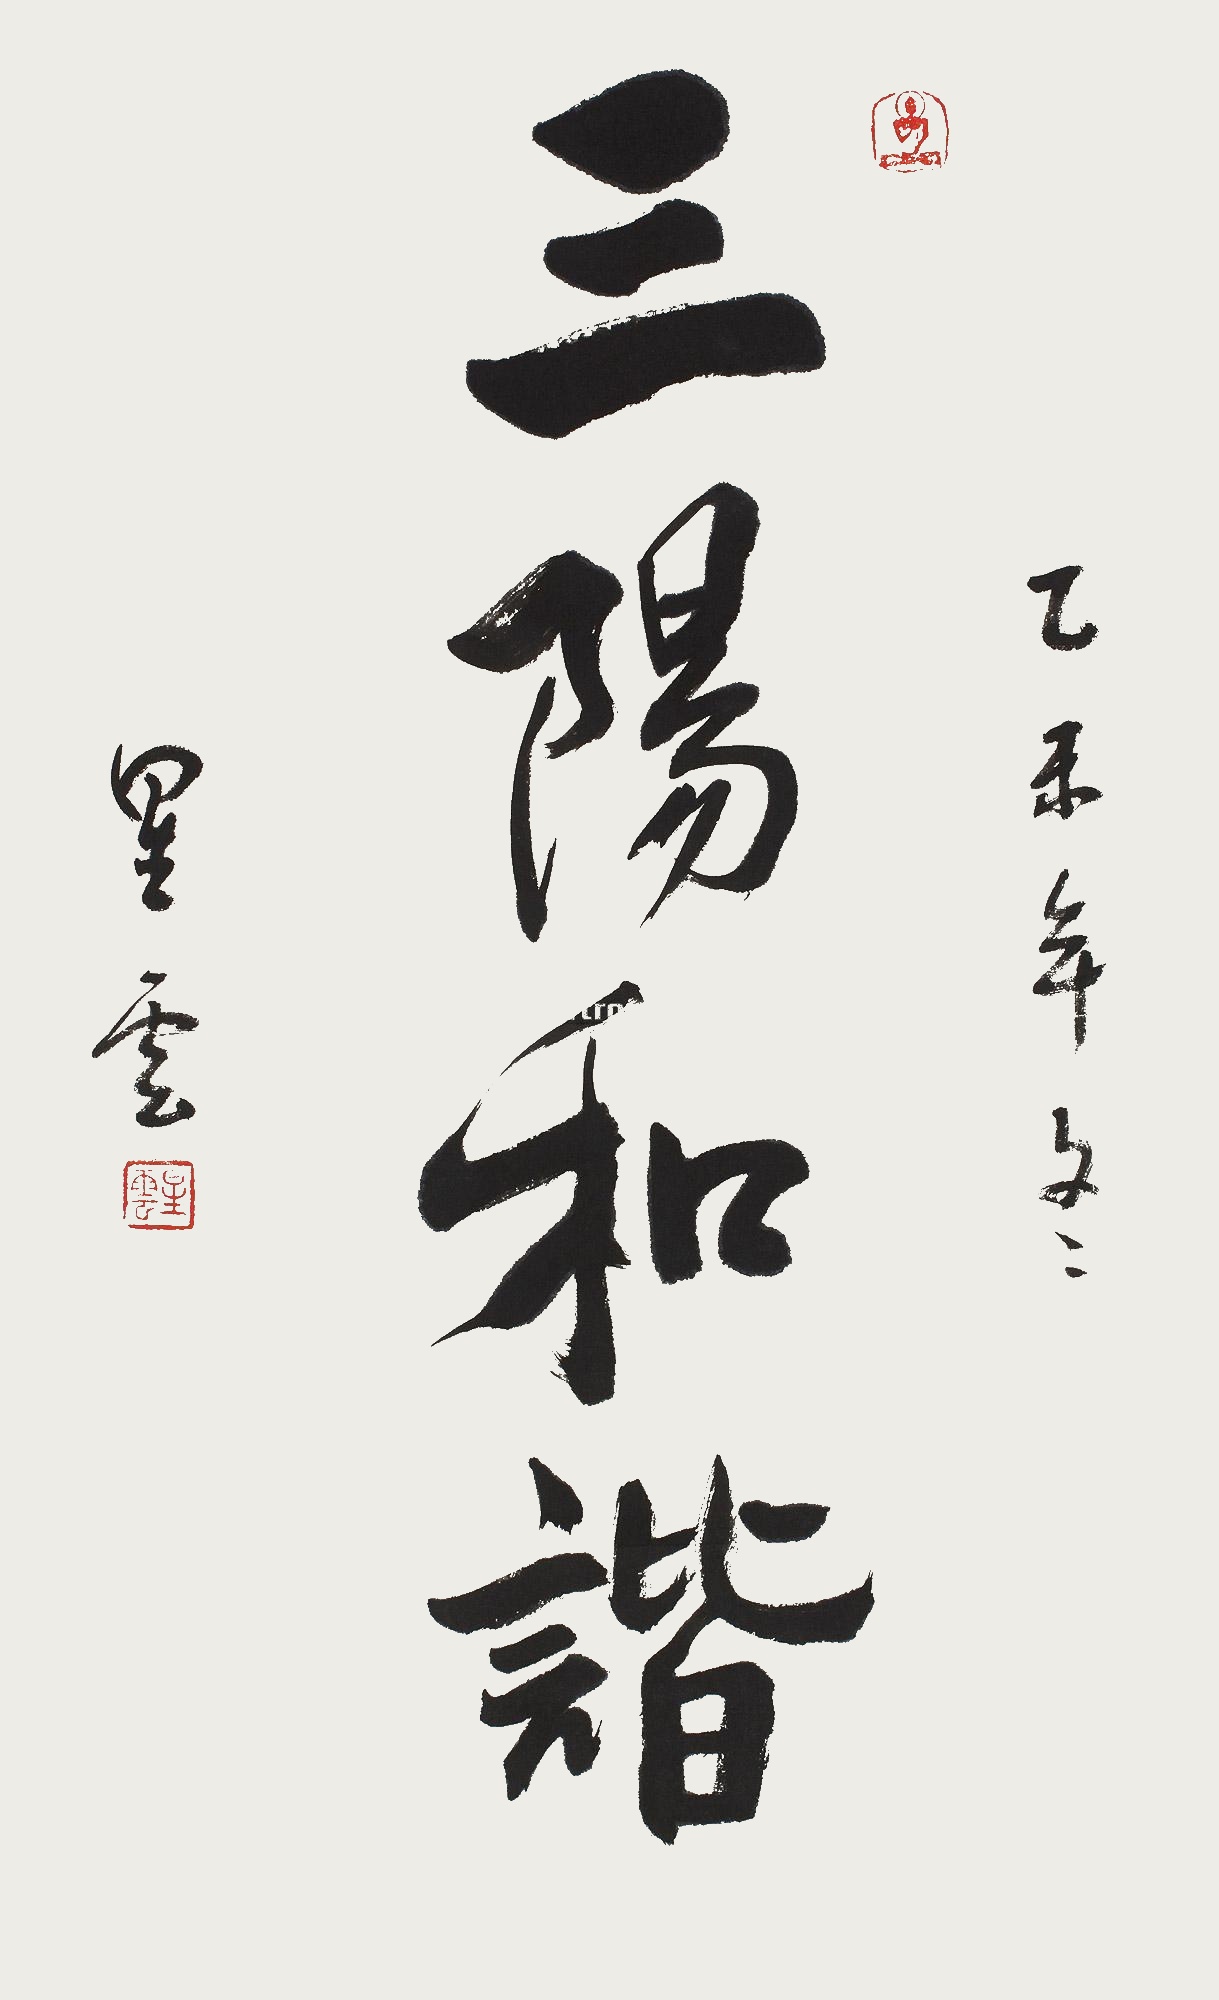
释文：三阳和谐乙未年冬，星云